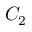
C _ { 2 }